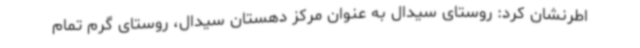
اطرنشان کرد: روستای سیدال به عنوان مرکز دهستان سیدال، روستای گرم تمام